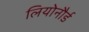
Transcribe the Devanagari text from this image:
लियोनौर्ड